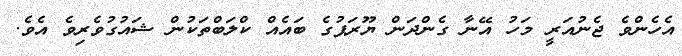
އެހެންވެ ޖެނުއަރީ މަހު އޭނާ ގެންދަން ޔޫރަޕުގެ ބައެއް ކްލަބްތަކުން ޝައުގުވެރިވެ އެވެ.